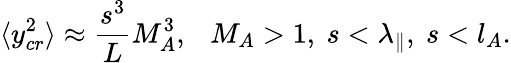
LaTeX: \langle y_{cr}^{2}\rangle\approx\frac{s^{3}}{L}M_{A}^{3},~~~M_{A}>1,~s<\lambda_{\| },~s<l_{A}.